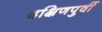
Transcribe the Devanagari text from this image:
दक्षिणपुर्वी